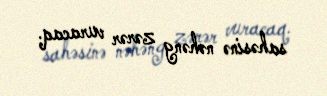
sahəsinə nəhəng zərər vuracaq.